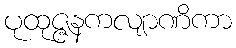
ပုထုဇ္ဇနကလျာဏိကာ